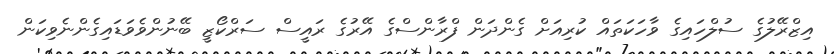
އިޒްރޭލުގެ ސުލްހައިގެ ވާހަކަތައް ކުރިއަށް ގެންދަން ފްރާންސްގެ އޭރުގެ ރައީސް ސަރްކޯޒީ ބޭނުންވެވަޑައިގެންނެވިކަން